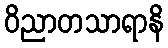
ဝိညာတသာရာနိ